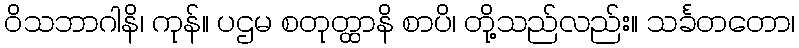
ဝိသဘာဂါနိ၊ ကုန်။ ပဌမ စတုတ္ထာနိ စာပိ၊ တို့သည်လည်း။ သင်္ခတတော၊